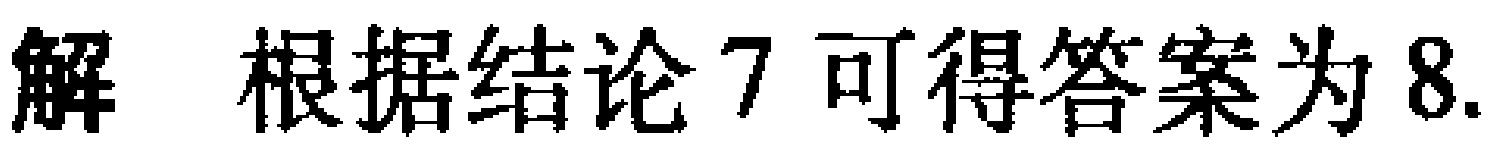
解 根据结论7可得答案为8.